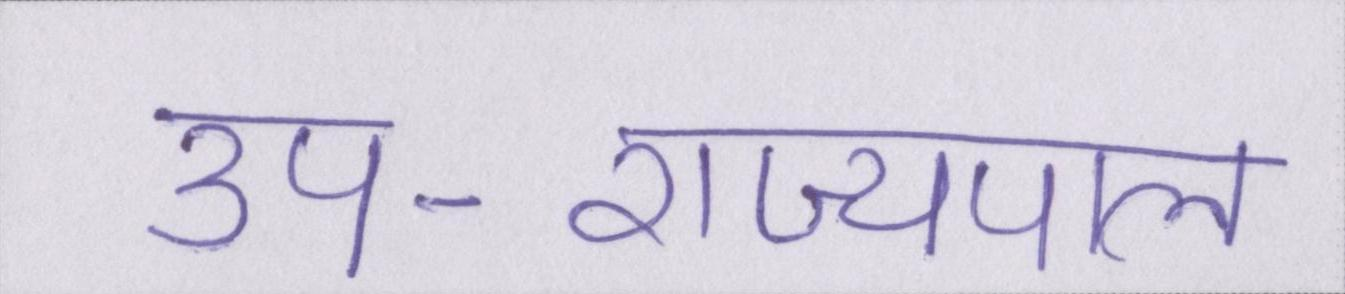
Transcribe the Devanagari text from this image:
उप-राज्यपाल